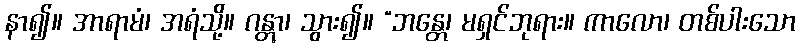
နာ၍။ အာရာမံ၊ အရံသို့။ ဂန္တွာ၊ သွား၍။ “ဘန္တေ၊ မရှင်ဘုရား။ ကာလော၊ တစ်ပါးသော